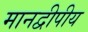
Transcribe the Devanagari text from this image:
मानद्वीपीय